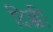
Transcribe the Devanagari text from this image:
दिळ्ळी